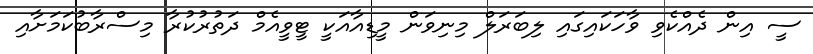
ސީ އިން ދެއްކެވި ވާހަކައިގައި ލިބަރަލް މިނިވަން މީޑިއާއަކީ ޓީވީއެމް ދަތުރުކުރާ މިސްރާބުކަމަށާއި